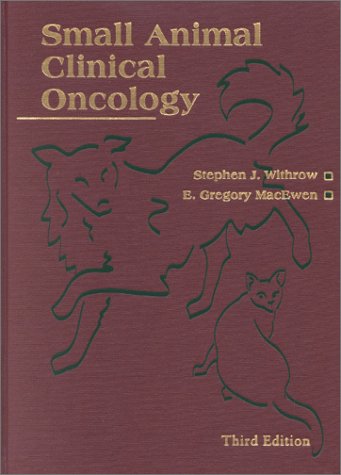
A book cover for Small Animal Clinical Oncology, 3e; Stephen J. Withrow DVM  DACVS  DACVIM (Oncology); Medical Books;